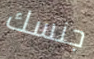
جنسك